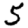
Digit: 5